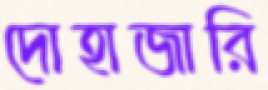
দোহাজারি